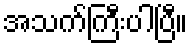
အသက်ကြီးပါပြီ။